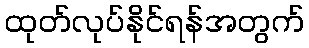
ထုတ်လုပ်နိုင်ရန်အတွက်